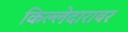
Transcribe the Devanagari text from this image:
किल्लेदारावर